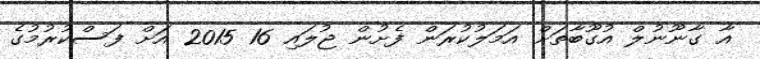
އާ ގާނޫނުލް އުގޫބާތަށް އަމަލުކުރަން ފެށުން ޖުލައި 16 2015 އަށް ފަސްކުރުމުގެ